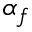
\alpha _ { f }